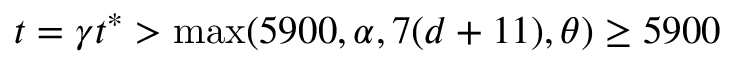
t = \gamma t ^ { * } > \operatorname* { m a x } ( 5 9 0 0 , \alpha , 7 ( d + 1 1 ) , \theta ) \geq 5 9 0 0